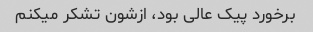
برخورد پیک عالی بود، ازشون تشکر میکنم